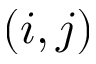
( i , j )